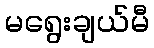
မရွေးချယ်မီ